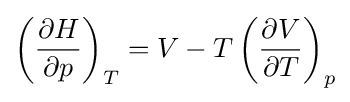
\left({\frac {\partial H}{\partial p}}\right)_{T}=V-T\left({\frac {\partial V}{\partial T}}\right)_{p}